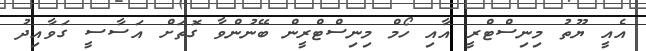
އެއީ ޔޫތު މިނިސްޓްރީ އާއި ހޯމް މިނިސްޓްރީން ބޭނުންވާ ގޮތަށް އަސާސީ ގަވާއިދު